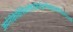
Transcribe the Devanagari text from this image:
जर्मनीकेविभिन्नशेहेरोंकेवैज्ञानिकइससमितिकेसदस्यहैं